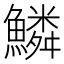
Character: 鱗